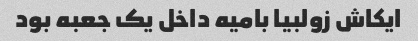
ایکاش زولبیا بامیه داخل یک جعبه بود